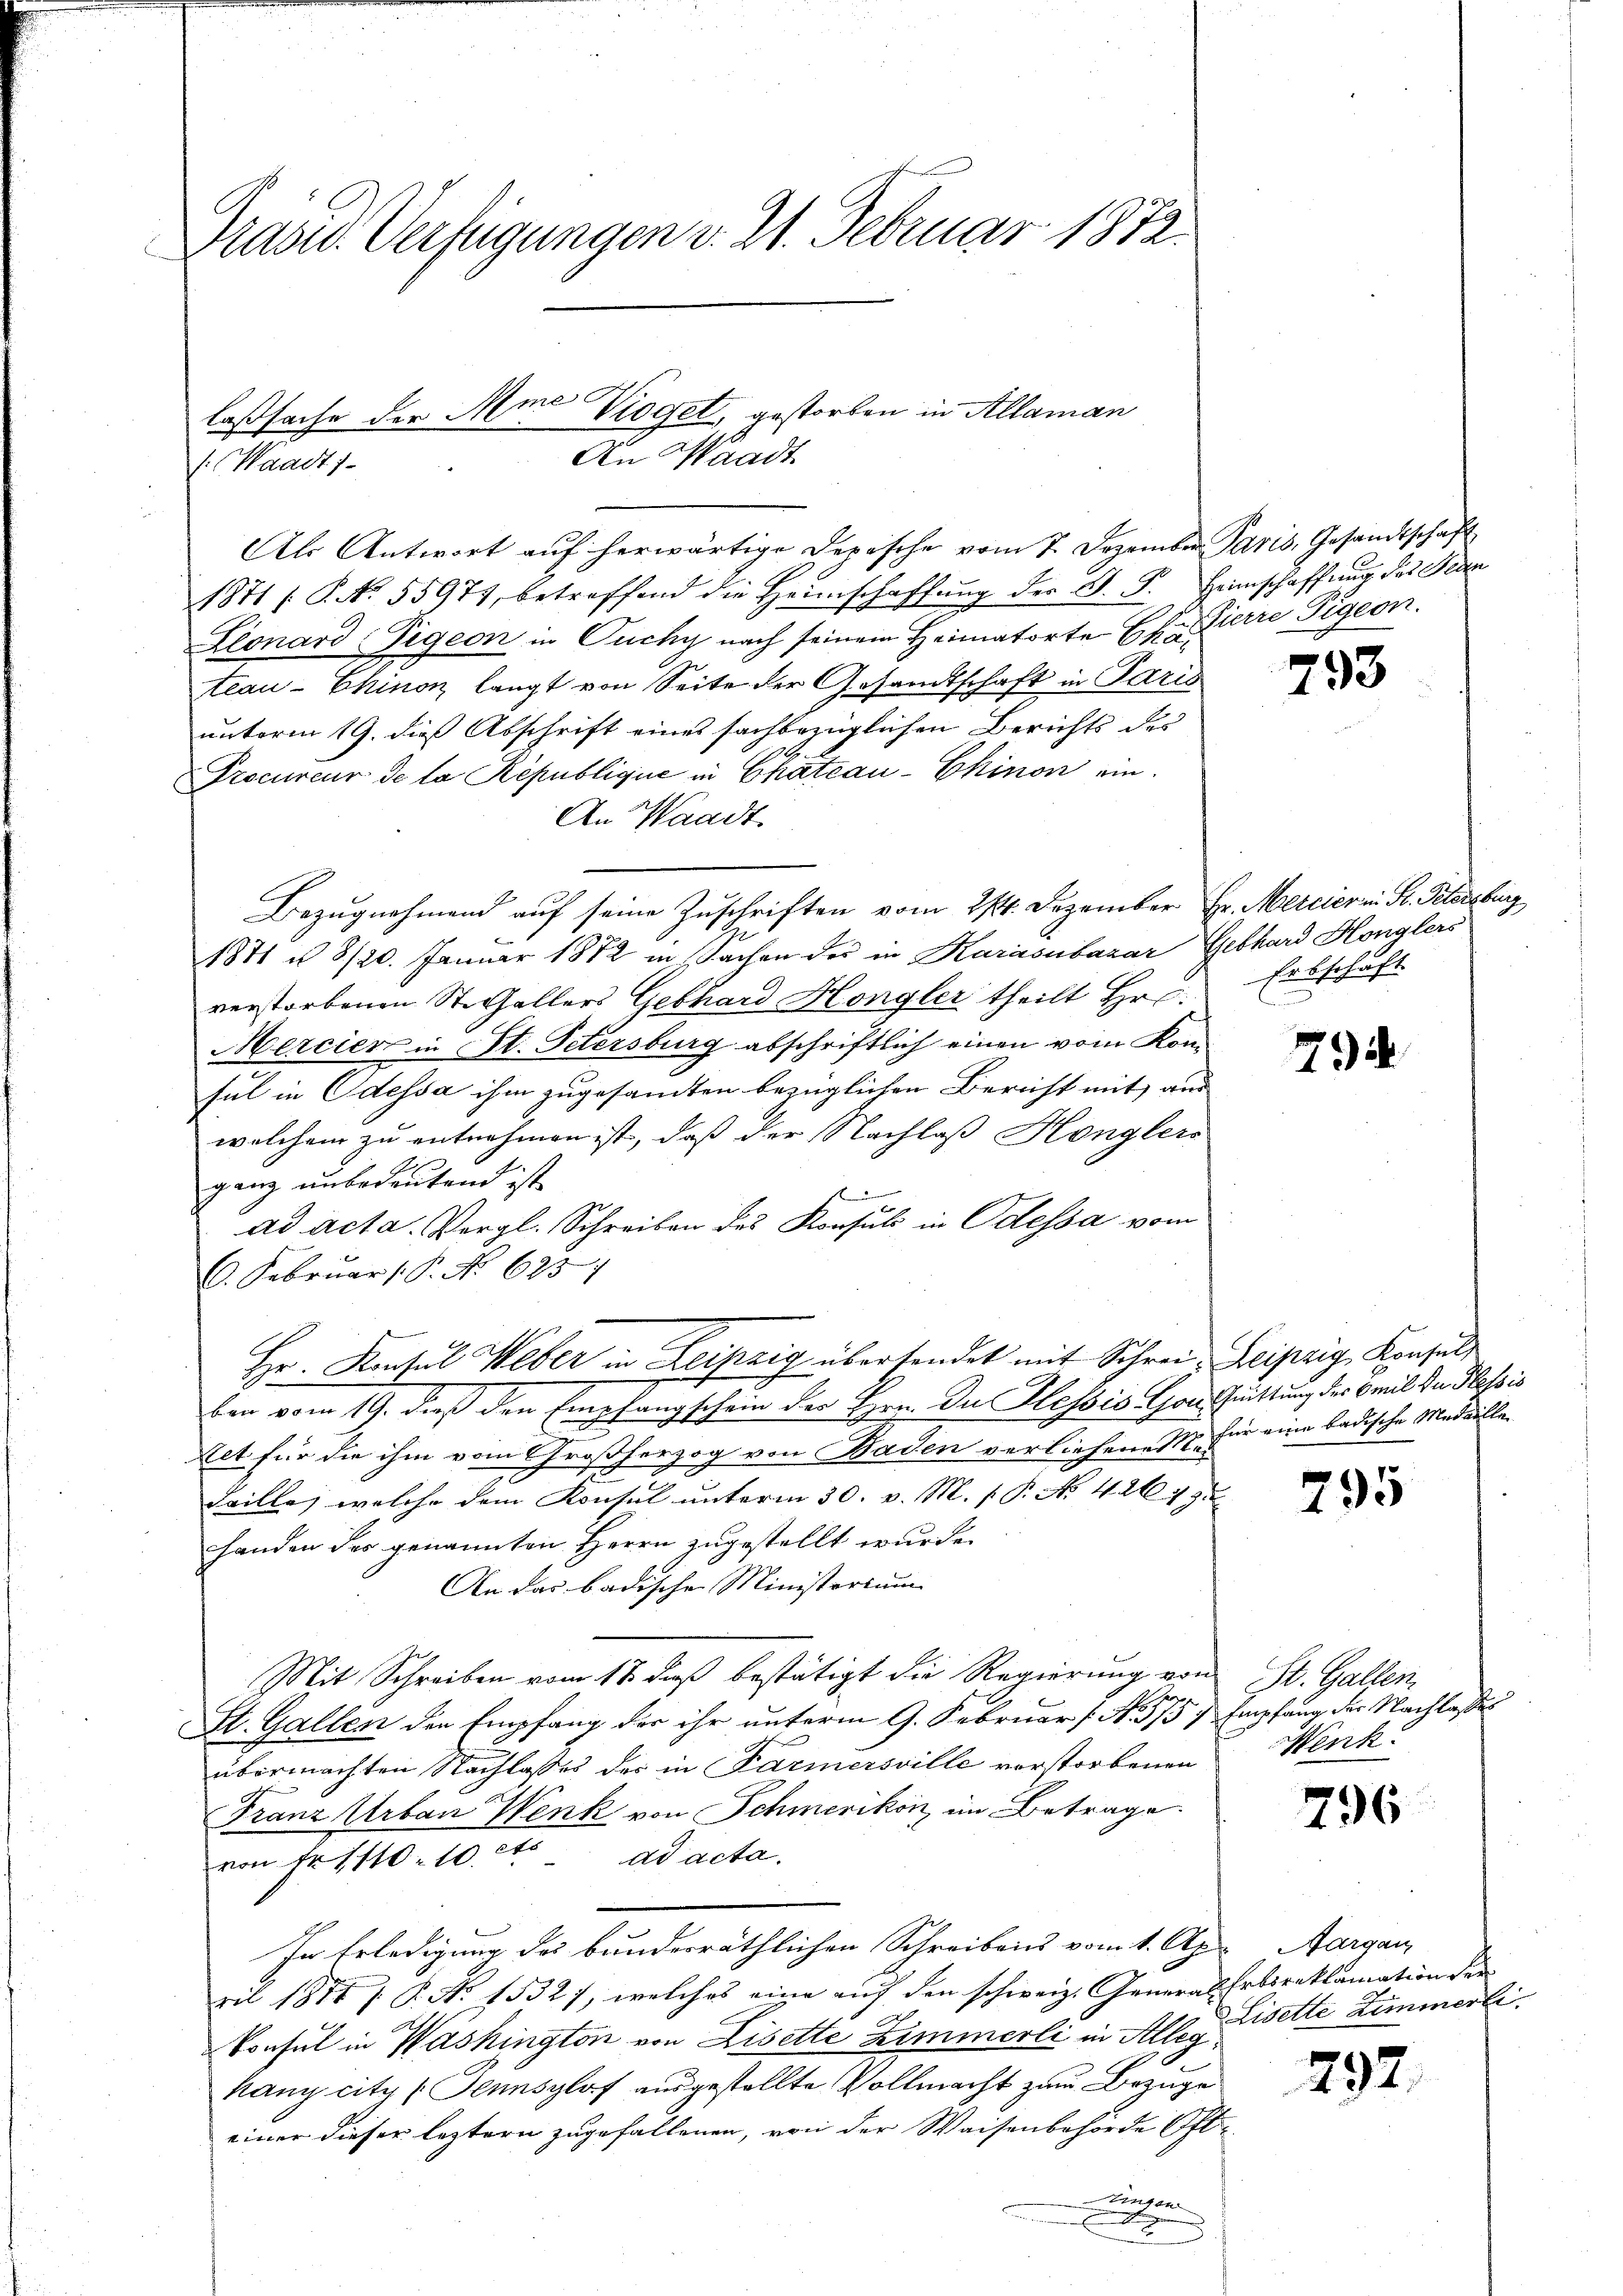
Präsid. Verfügungen v. 21. Februar 1872.

laßsache der Mine Vioget, gestorben in Allaman
An Waadt
s: Waadt)

Als Antwort aŭf herwärtige Depische vom 7. Dezember Paris, Gesandtschaft
1871 /: P. N. 55974, betreffend die Heimschaffŭng der J. J. Heimschaffung des Fran
Llonard Tigeon in Tuchy nach seinem Heimatorte Ct. Zierre Tigeon.
teau-Chinon langt von Seite der Gesamtschaft in Paris
unterm 19. dieß Abschrift eines sachbezüglichen Berichts des
Procureur de la République in Chateau-Ehinon ein-
An Waadt.
Bezugnahmend auf seine Zuschriften vom 21. Dezember Hr. Mercier in Fr. Petersburg
1871 u 8/20. Januar 1872 in Sachen des in Karasubazar Gebhard Honglers
verstorbenen Stechallers Gebhard Hongler theilt Hr.
Mercier in St. Petersburg abschriftlich einen vom Komsul in Odessa ihm zugesandten bezüglichen Bericht mit aus
welchem zu entnehmen ist, daß der Nachlaß Konglers
ganz unbedeutend ist
ad acta. Vergl. Schreiben des Konsuls in Odessa vom
6. Februar P. No 6251
Hr. Konsul Weber in Leipzig übersendet mit Schrei- Leipzig Konsul
ben vom 19. dieß den Empfangschein der Hrn. Du Hessio Con Quittung der mit der Plessis
Ret für die ihm vom Großherzog von Baden verliehene M. für eine badische Medaille¬
Faille, welche dem Konsul unterm 30. v. M. s P. Nr. 426. 495
handen des genannten Herrn zugestellt wurde.
An das badischen Ministorium
Mit Schreiben vom 13. daß bestätigt die Regierung von
St. Gallen den Empfang der ihr unterm 9. Februar (N. 575
übermachten Nachlasses des in Farmersville vorstorbenen
Franz Urban Wenk von Schmerikon im Betrage.
2
ad acta.
von Nr 1110. 10. et.
In Erledigung des bunderräthlichen Schreibens vom 1. Apr Aargau,
ril 188 f. P. Nr. 1532), welches eine auf den schweiz. General¬
Konsul in Washington von Lisette Zimmerli in Alleg
kany city (Gennsylaf ausgestellte Vollmacht zum Bezuge
einer dieser leztern zugefallenen, von der Waisenbehörde Oft
Eigen
a

793

Erbschaft

79

795

St. Gallen.
Empfang der Nachlassen
Mink:

796

292.

Chrdireklamation der
Liselle Zimmerli.